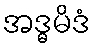
အဒ္ဓမိဒံ